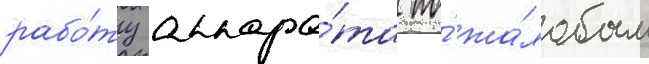
рабо́ту аппара́та по́ жа́лобам